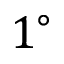
1 ^ { \circ }